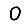
Digit: 0